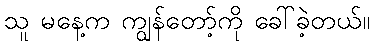
သူ မနေ့က ကျွန်တော့်ကို ခေါ်ခဲ့တယ်။